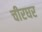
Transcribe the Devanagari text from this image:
चीरघर